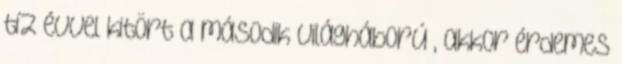
tíz évvel kitört a második világháború , akkor érdemes